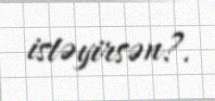
istəyirsən?.